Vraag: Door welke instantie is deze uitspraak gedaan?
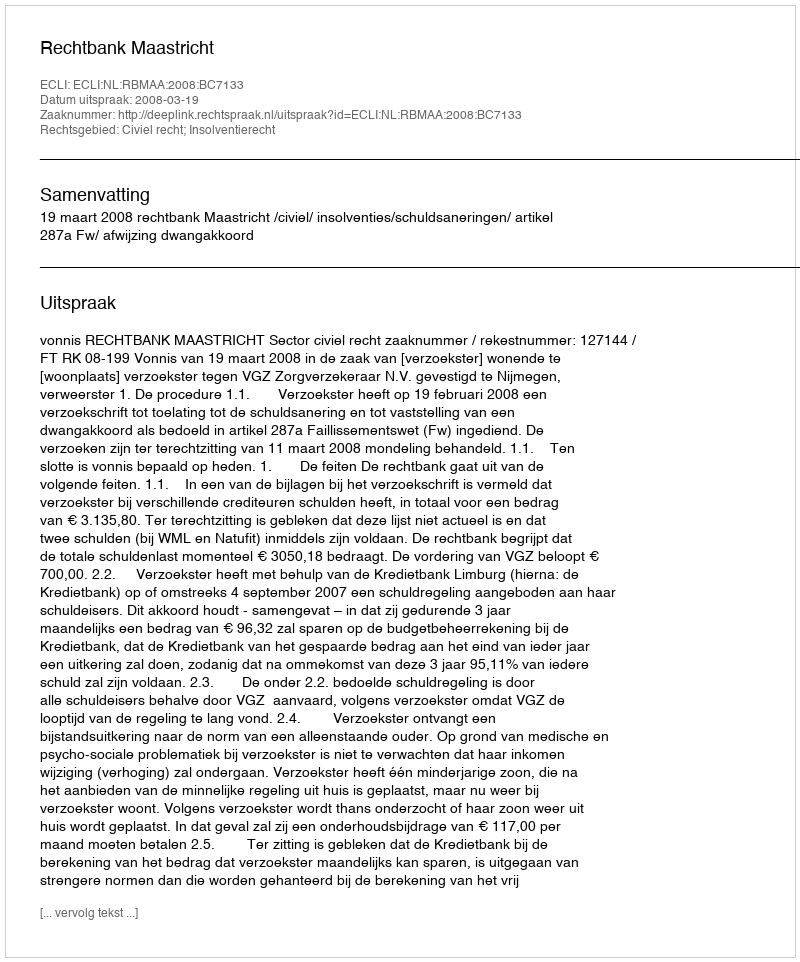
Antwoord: Rechtbank Maastricht